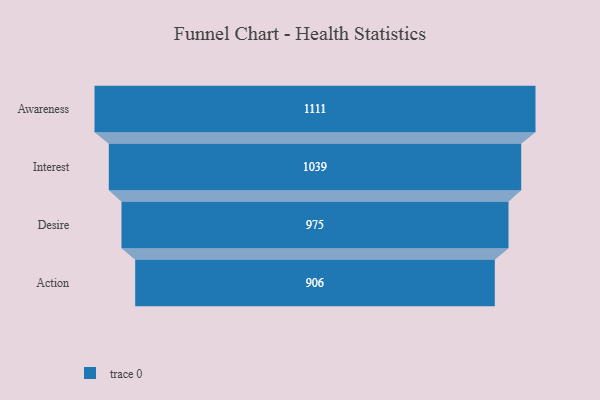
{"axis": {"x": "Stage", "y": "Value"}, "legend": [""], "data": [{"x": "Awareness", "y": 1111.0, "type": ""}, {"x": "Interest", "y": 1039.0, "type": ""}, {"x": "Desire", "y": 975.0, "type": ""}, {"x": "Action", "y": 906.0, "type": ""}]}